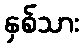
နှစ်သား